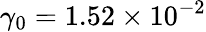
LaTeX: \gamma_{0}=1.52\times{10^{-2}}